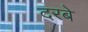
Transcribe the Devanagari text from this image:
दरबे